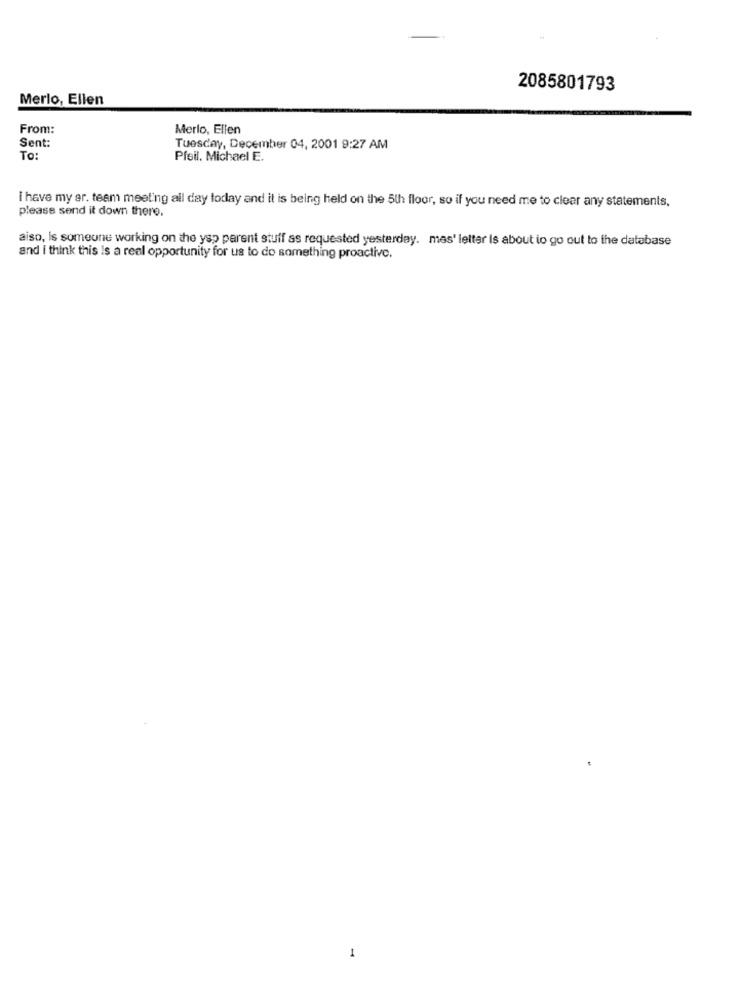
2085801793
Merlo, Ellen
From:
Merlo, Ellen
Sent:
Tuesday, December 04, 2001 9:27 AM
To:
Pfeil. Michael E.
I have my ar. team meeting all day today and it is being held on the 5th floor, so if you need me to clear any statements,
please send it down there.
aiso, is someune working on the ysp parent stuff as requested yesterday. mes' letter Is about io go out to the database
and I think this Is a real opportunity for us to do something proactive.